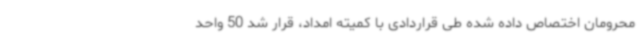
محرومان اختصاص داده شده طی قراردادی با کمیته امداد، قرار شد 50 واحد